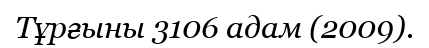
Тұрғыны 3106 адам (2009).